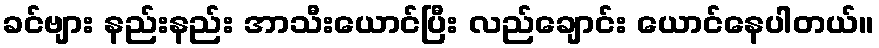
ခင်ဗျား နည်းနည်း အာသီးယောင်ပြီး လည်ချောင်း ယောင်နေပါတယ်။